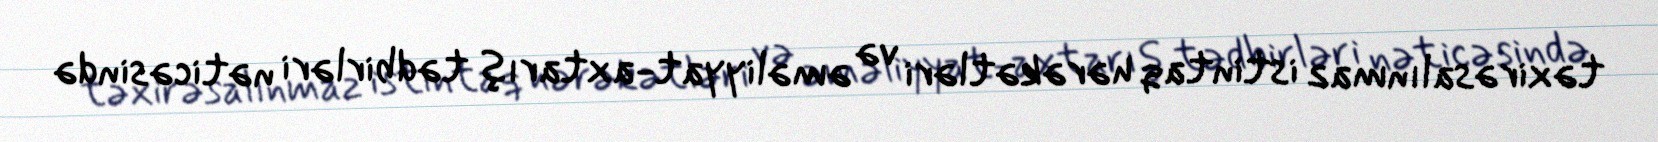
təxirəsalınmaz istintaq hərəkətləri və əməliyyat-axtarış tədbirləri nəticəsində